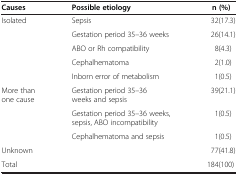
<table><thead><tr><td><b>Causes</b></td><td><b>Possible etiology</b></td><td><b>n (%)</b></td></tr></thead><tbody><tr><td rowspan="5">Isolated</td><td>Sepsis</td><td>32(17.3)</td></tr><tr><td>Gestation period 35–36 weeks</td><td>26(14.1)</td></tr><tr><td>ABO or Rh compatibility</td><td>8(4.3)</td></tr><tr><td>Cephalhematoma</td><td>2(1.0)</td></tr><tr><td>Inborn error of metabolism</td><td>1(0.5)</td></tr><tr><td rowspan="3">More than one cause</td><td>Gestation period 35–36 weeks and sepsis</td><td>39(21.1)</td></tr><tr><td>Gestation period 35–36 weeks, sepsis, ABO incompatibility</td><td>1(0.5)</td></tr><tr><td>Cephalhematoma and sepsis</td><td>1(0.5)</td></tr><tr><td colspan="2">Unknown</td><td>77(41.8)</td></tr><tr><td colspan="2">Total</td><td>184(100)</td></tr></tbody></table>